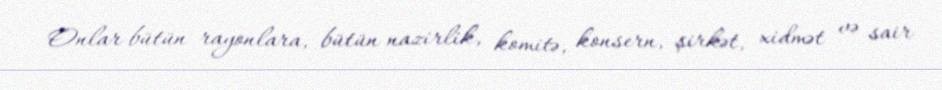
Onlar bütün rayonlara, bütün nazirlik, komitə, konsern, şirkət, xidmət və sair